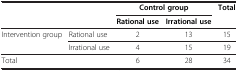
| <ROWSPAN=2-COLSPAN=2>  | <COLSPAN=2> Control group | <ROWSPAN=2> Total |
 | Rational use | Irrational use |
 | --- | --- | --- | --- | --- |
 | <ROWSPAN=2> Intervention group | Rational use | 2 | 13 | 15 |
 | Irrational use | 4 | 15 | 19 |
 | <COLSPAN=2> Total | 6 | 28 | 34 |